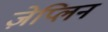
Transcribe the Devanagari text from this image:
ज़ेप्लिन